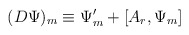
\begin{align*}(D\Psi)_m \equiv \Psi'_m + [A_r, \Psi_m]\end{align*}